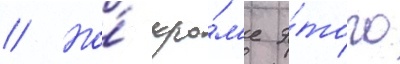
// Но́ кро́м'е э́того